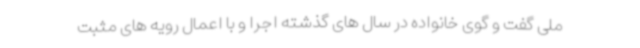
ملی گفت و گوی خانواده در سال های گذشته اجرا و با اعمال رویه های مثبت